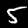
Label: 5